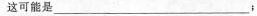
这可能是___；